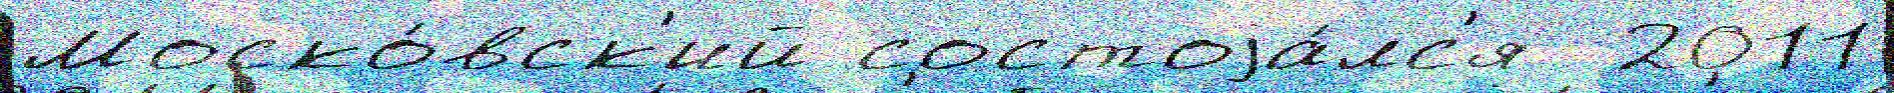
Моско́вск'ий состоjа́лс'я  2011